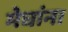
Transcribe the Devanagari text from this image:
मेघांना